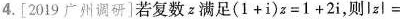
4.[2019广州调研]若复数z满足$$( 1 + i ) z = 1 + 2 i$$，则$$l z l =$$